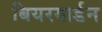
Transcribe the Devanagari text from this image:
बियरगार्डन